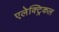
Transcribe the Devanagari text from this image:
एलेक्ट्रिकल